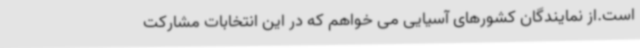
است.از نمایندگان کشورهای آسیایی می خواهم که در این انتخابات مشارکت